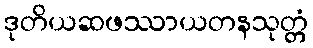
ဒုတိယဆဖဿာယတနသုတ္တံ